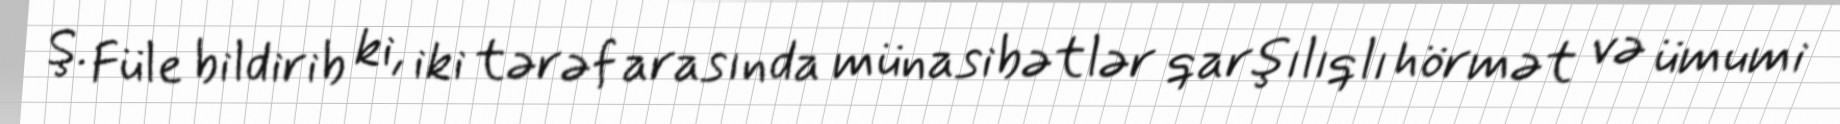
Ş. Füle bildirib ki, iki tərəf arasında münasibətlər qarşılıqlı hörmət və ümumi